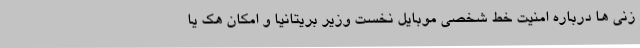
زنی ها درباره امنیت خط شخصی موبایل نخست وزیر بریتانیا و امکان هک یا